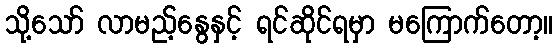
သို့သော် လာမည့်နွေနှင့် ရင်ဆိုင်ရမှာ မကြောက်တော့။